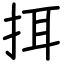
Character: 挕